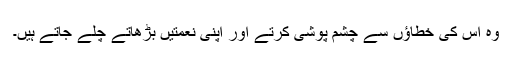
وہ اس کی خطاؤں سے چشم پوشی کرتے اور اپنی نعمتیں بڑھاتے چلے جاتے ہیں۔